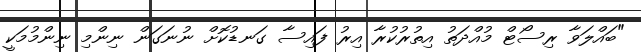
"ބައްލަވާ ރިސޯޓް މުއްދަތު އިތުރުކުރާ އިރު ފައިސާ ގަނޑުކޮށް ނުނަގަން ނިންމި ނިންމުމަކީ